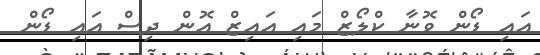
އައި ޑޯން ވޮނާ ކްލޯޒް މައި އައިޒް އޮން ދިސް އައި ޑޯން